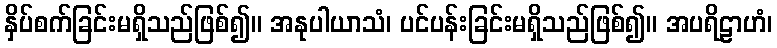
နှိပ်စက်ခြင်းမရှိသည်ဖြစ်၍။ အနုပါယာသံ၊ ပင်ပန်းခြင်းမရှိသည်ဖြစ်၍။ အပရိဠာဟံ၊